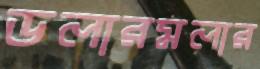
ডলারমলার